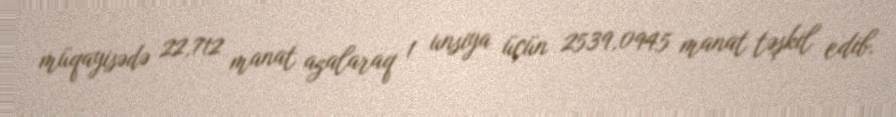
müqayisədə 22,712 manat azalaraq 1 unsiya üçün 2539,0945 manat təşkil edib.